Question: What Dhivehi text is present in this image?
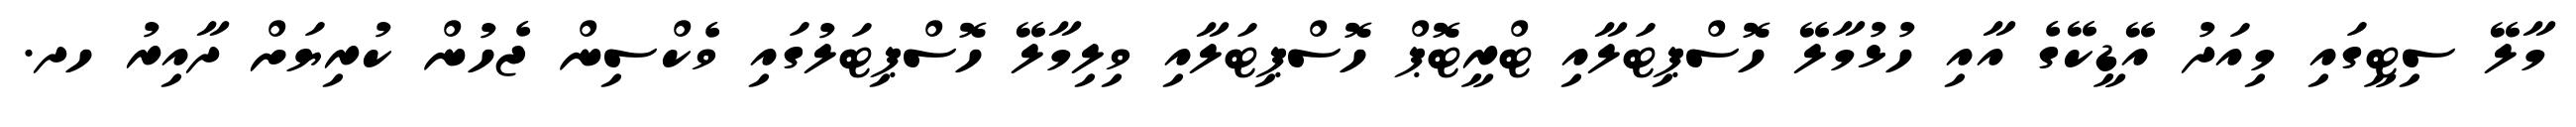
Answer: މާލޭ ސިޓީގައި މިއަދު އޭޑީކޭގެ އާއި ހުޅުމާލޭ ހޮސްޕިޓަލާއި ޓްރީޓޮޕް ހޮސްޕިޓަލާއި ވިލިމާލޭ ހޮސްޕިޓަލުގައި ވެކްސިން ޖެހުން ކުރިޔަށް ދާއިރު ހދ.